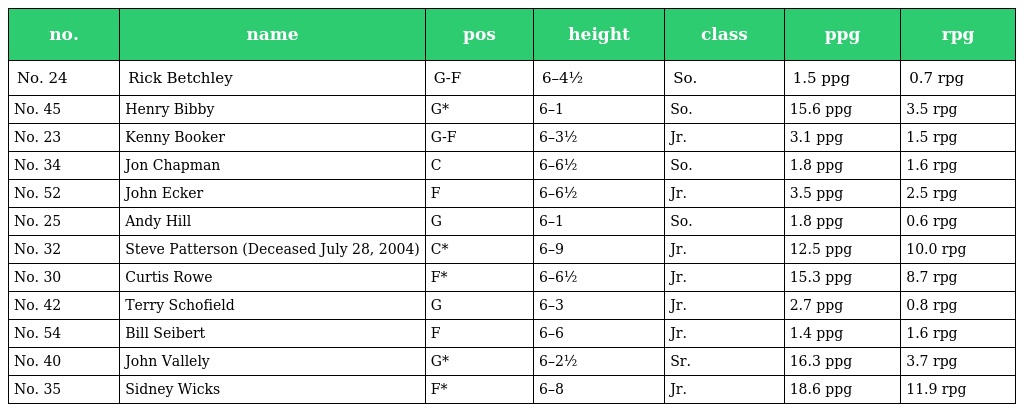
| no. | name | pos | height | class | ppg | rpg |
 | --- | --- | --- | --- | --- | --- | --- |
 | No. 24 | Rick Betchley | G-F | 6–4½ | So. | 1.5 ppg | 0.7 rpg |
 | No. 45 | Henry Bibby | G* | 6–1 | So. | 15.6 ppg | 3.5 rpg |
 | No. 23 | Kenny Booker | G-F | 6–3½ | Jr. | 3.1 ppg | 1.5 rpg |
 | No. 34 | Jon Chapman | C | 6–6½ | So. | 1.8 ppg | 1.6 rpg |
 | No. 52 | John Ecker | F | 6–6½ | Jr. | 3.5 ppg | 2.5 rpg |
 | No. 25 | Andy Hill | G | 6–1 | So. | 1.8 ppg | 0.6 rpg |
 | No. 32 | Steve Patterson (Deceased July 28, 2004) | C* | 6–9 | Jr. | 12.5 ppg | 10.0 rpg |
 | No. 30 | Curtis Rowe | F* | 6–6½ | Jr. | 15.3 ppg | 8.7 rpg |
 | No. 42 | Terry Schofield | G | 6–3 | Jr. | 2.7 ppg | 0.8 rpg |
 | No. 54 | Bill Seibert | F | 6–6 | Jr. | 1.4 ppg | 1.6 rpg |
 | No. 40 | John Vallely | G* | 6–2½ | Sr. | 16.3 ppg | 3.7 rpg |
 | No. 35 | Sidney Wicks | F* | 6–8 | Jr. | 18.6 ppg | 11.9 rpg |